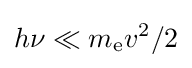
h\nu \ll m_{\text{e}}v^{2}/2